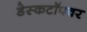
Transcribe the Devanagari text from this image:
डेस्कटॉपवर